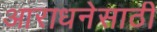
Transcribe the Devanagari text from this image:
आराधनेसाठी